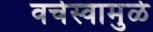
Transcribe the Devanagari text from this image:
वर्चस्वामुळे